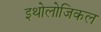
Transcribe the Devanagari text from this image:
इथोलोजिकल